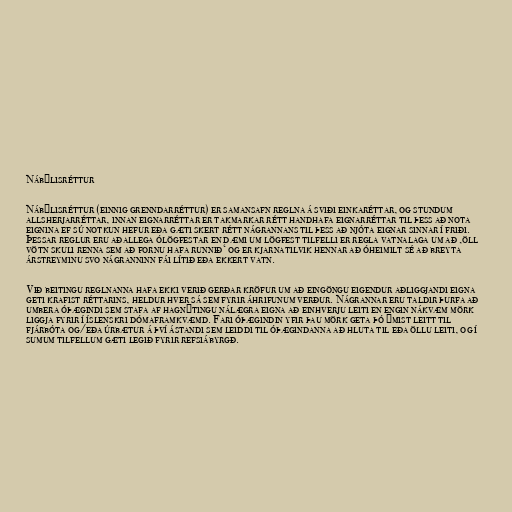
Nábýlisréttur

Nábýlisréttur (einnig grenndarréttur) er samansafn reglna á sviði einkaréttar, og stundum
allsherjarréttar, innan eignarréttar er takmarkar rétt handhafa eignarréttar til þess að nota
eignina ef sú notkun hefur eða gæti skert rétt nágrannans til þess að njóta eignar sinnar í friði.
Þessar reglur eru aðallega ólögfestar en dæmi um lögfest tilfelli er regla vatnalaga um að ‚öll
vötn skuli renna sem að fornu hafa runnið‘ og er kjarnatilvik hennar að óheimilt sé að breyta
árstreyminu svo nágranninn fái lítið eða ekkert vatn.

Við beitingu reglnanna hafa ekki verið gerðar kröfur um að eingöngu eigendur aðliggjandi eigna
geti krafist réttarins, heldur hver sá sem fyrir áhrifunum verður. Nágrannar eru taldir þurfa að
umbera óþægindi sem stafa af hagnýtingu nálægra eigna að einhverju leiti en engin nákvæm mörk
liggja fyrir í íslenskri dómaframkvæmd. Fari óþægindin yfir þau mörk geta þó ýmist leitt til
fjárbóta og/eða úrbætur á því ástandi sem leiddi til óþægindanna að hluta til eða öllu leiti, og í
sumum tilfellum gæti legið fyrir refsiábyrgð.